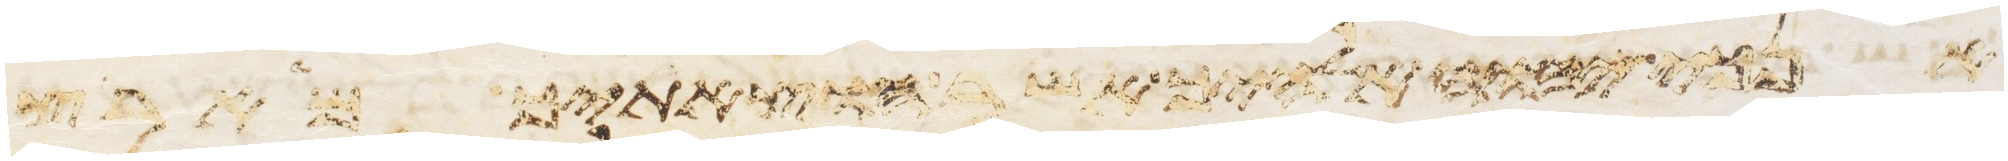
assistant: אנכי יהוה אלהיך אשר הוצאתיך מארץ